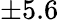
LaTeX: \pm 5.6